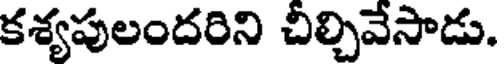
కశ్యపులందరిని చీల్చివేసాడు.